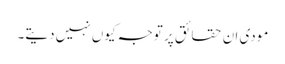
مودی ان حقائق پر توجہ کیوں نہیں دیتے۔